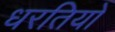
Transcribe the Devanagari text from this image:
धरतियों